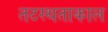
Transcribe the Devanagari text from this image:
तटस्थताकाल